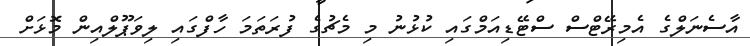
އާސެނަލްގެ އެމިރޭޓްސް ސްޓޭޑިއަމްގައި ކުޅުނު މި މެޗުގެ ފުރަތަމަ ހާފްގައި ލިވަޕޫލްއިން މޮޅަށް